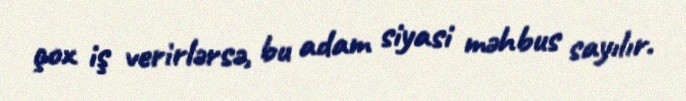
çox iş verirlərsə, bu adam siyasi məhbus sayılır.